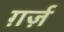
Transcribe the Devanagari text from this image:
ग़र्ज़